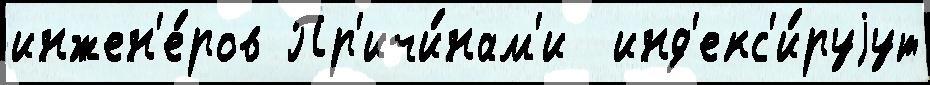
инжен'е́ров Пр'ичи́нам'и  инд'екс'и́руjут